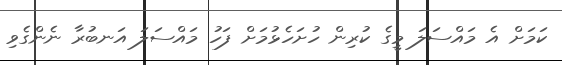
ކަމަށް އެ މައްސަލަ މީގެ ކުރިން ހުށަހެޅުމަށް ފަހު މައްސަލަ އަނބުރާ ނެންގެވި